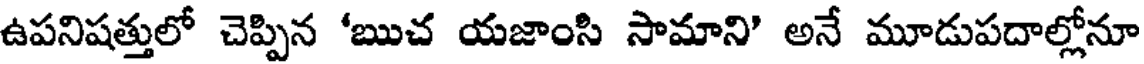
ఉపనిషత్తులో చెప్పిన 'ఋచ యజాంసి సామాని' అనే మూడుపదాల్లోనూ